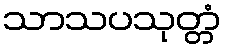
သာသပသုတ္တံ